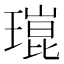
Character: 𤨾